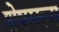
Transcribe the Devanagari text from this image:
शेषमला